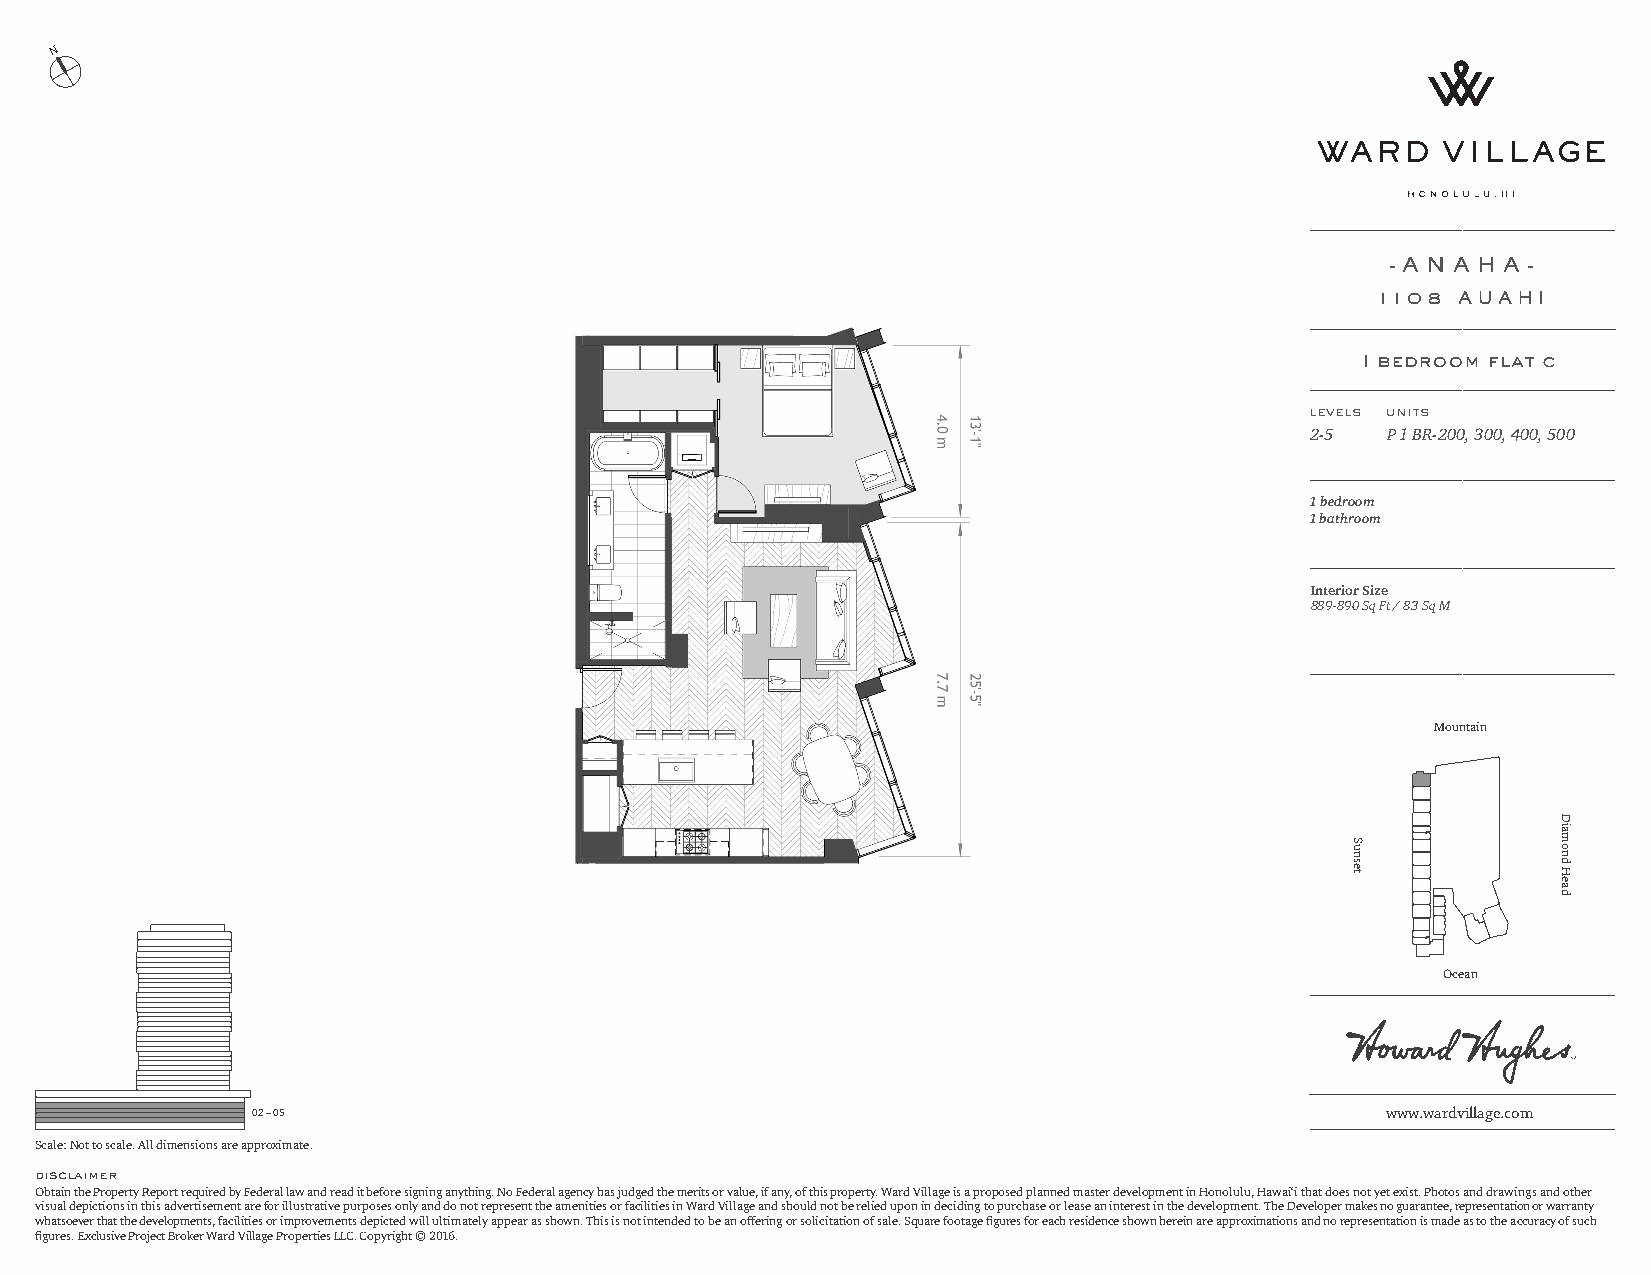
N
 - A N A H A -
 1108 AUAHI
 1 bedroom flat c
 levels units
 2-5  P 1 BR-200, 300, 400, 500
 1 bedroom
 1 bathroom
 Interior Size
 889-890 Sq Ft / 83 Sq M
 Mountain
 Ocean
 02 – 05                                                                    www.wardvillage.com
 Scale: Not to scale. All dimensions are approximate.
 disclaimer
 Obtain the Property Report required by Federal law and read it before signing anything. No Federal agency has judged the merits or value, if any, of this property. Ward Village is a proposed planned master development in Honolulu, Hawai‘i that does not yet exist. Photos and drawings and other
 visual depictions in this advertisement are for illustrative purposes only and do not represent the amenities or facilities in Ward Village and should not be relied upon in deciding to purchase or lease an interest in the development. The Developer makes no guarantee, representation or warranty
 whatsoever that the developments, facilities or improvements depicted will ultimately appear as shown. This is not intended to be an offering or solicitation of sale. Square footage figures for each residence shown herein are approximations and no representation is made as to the accuracy of such
 figures. Exclusive Project Broker Ward Village Properties LLC. Copyright © 2016.
 Sunset
 Diamond
 Head